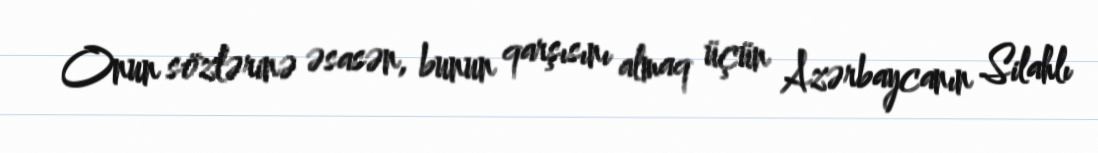
Onun sözlərinə əsasən, bunun qarşısını almaq üçün Azərbaycanın Silahlı